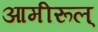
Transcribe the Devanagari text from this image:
आमीरूल्